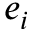
e _ { i }